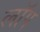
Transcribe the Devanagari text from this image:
लॉप